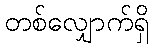
တစ်လျှောက်ရှိ